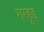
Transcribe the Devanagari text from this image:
गरहूड